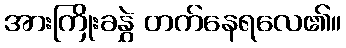
အားကြိုးခနွှဲ တက်နေရလေ၏။